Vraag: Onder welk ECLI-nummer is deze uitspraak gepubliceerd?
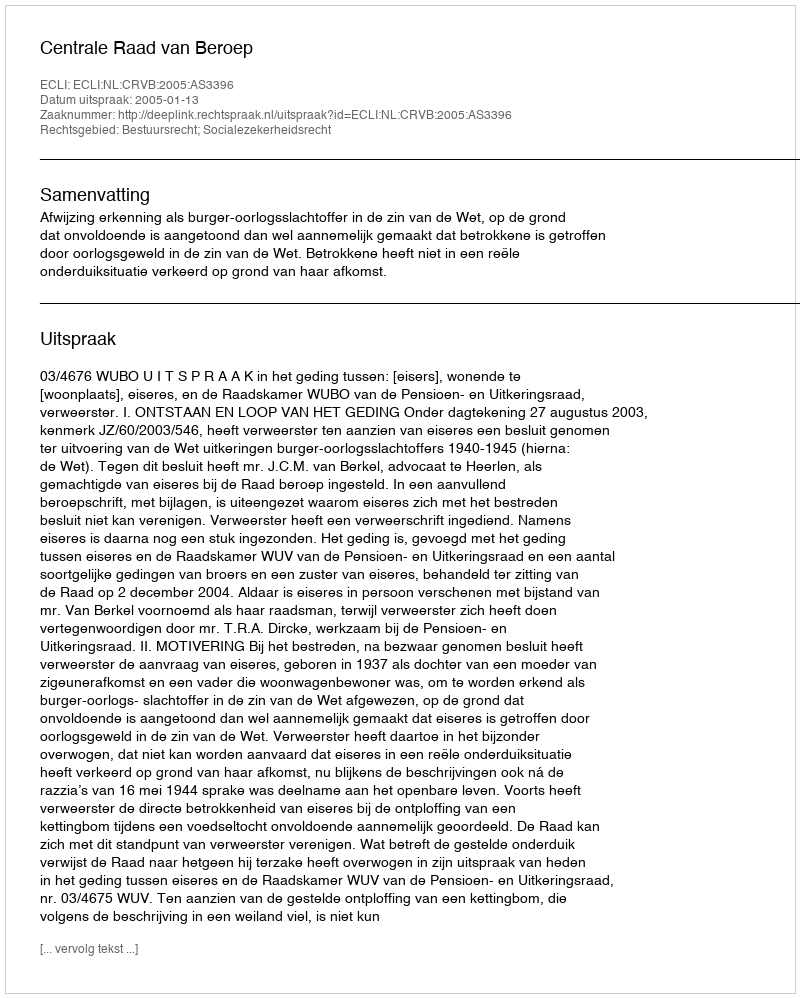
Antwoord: ECLI:NL:CRVB:2005:AS3396